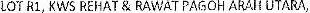
LOT R1, KWS REHAT & RAWAT PAGOH ARAH UTARA,